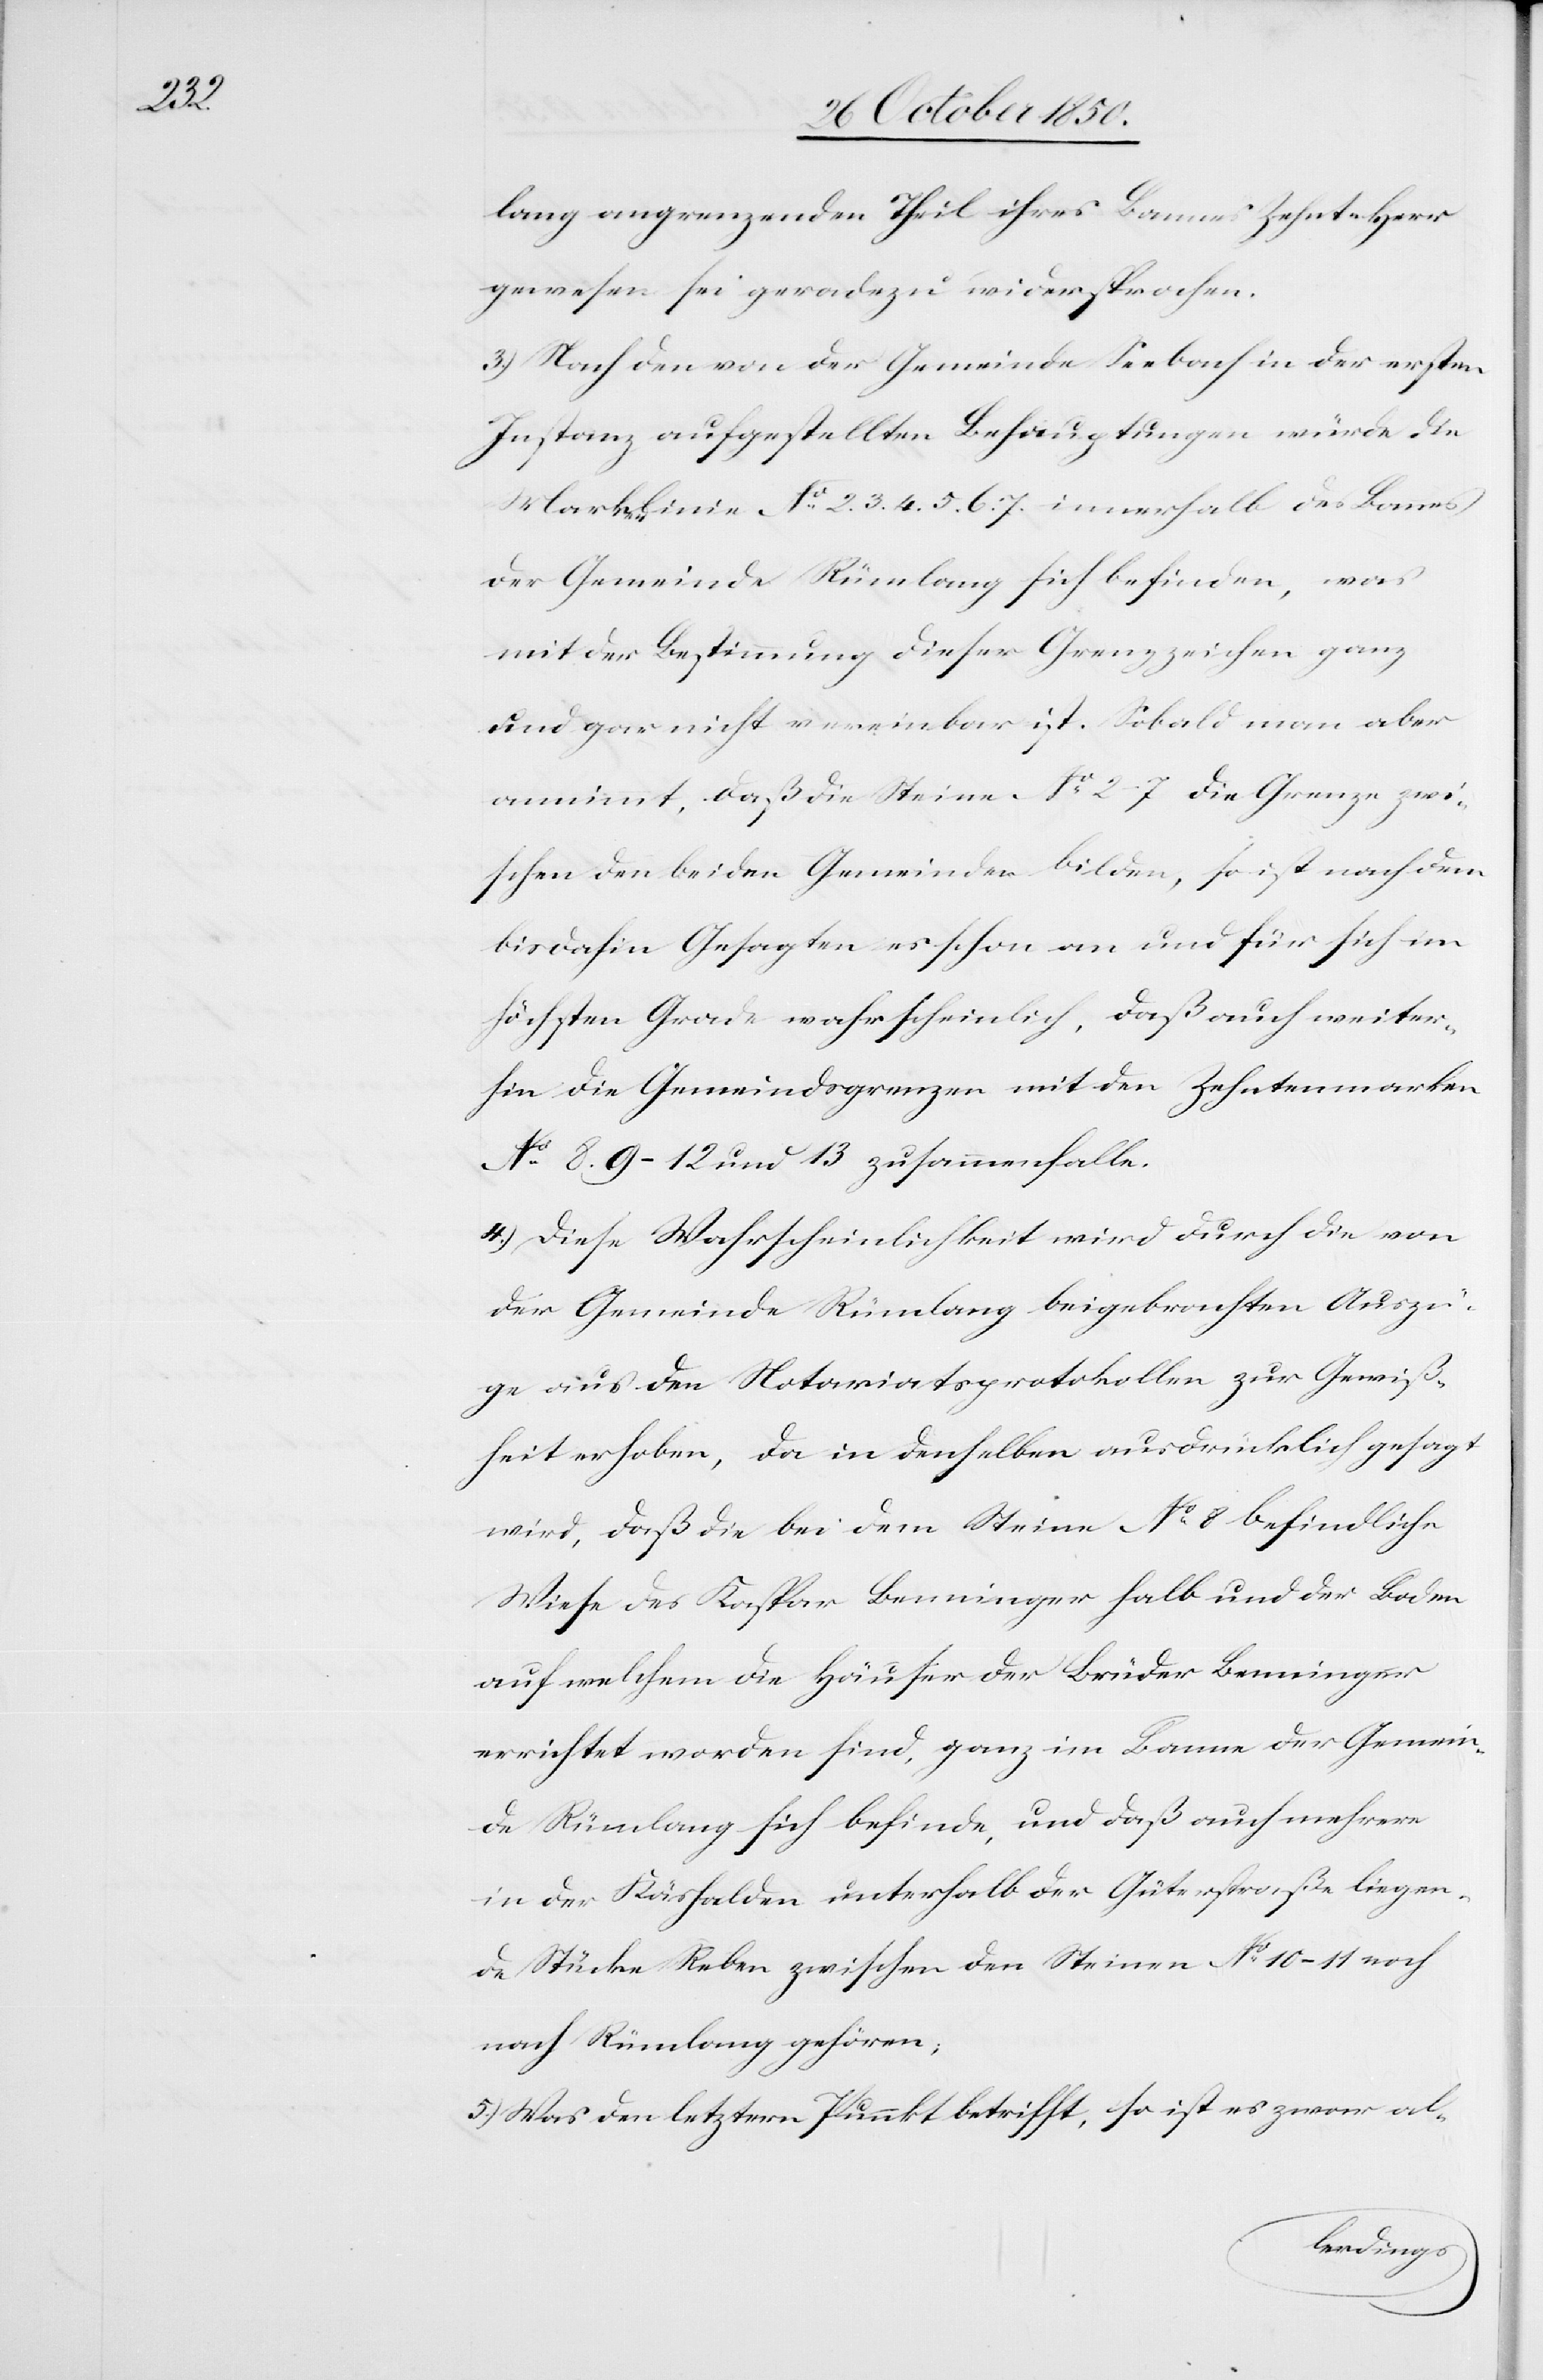
lang angrenzenden Theil ihres Bannes Zehnt-Herr
gewesen sei geradezu widersprochen.
3.) Nach den von der Gemeinde Seebach in der ersten
Instanz aufgestellten Behauptungen würde die
Markenlinie No 2. 3. 4. 5. 6. 7. innerhalb des Bannes
der Gemeinde Rümlang sich befinden, was
mit der Bestimmung dieser Grenzzeichen ganz
und gar nicht vereinbar ist. Sobald man aber
annimmt, daß die Steine No 2–7 die Grenze zwi¬
schen den beiden Gemeinden bilden, so ist nach dem
bis dahin Gesagten es schon an und für sich im
höchsten Grade wahrscheinlich, daß auch weiter¬
hin die Gemeindsgrenzen mit den Zehntenmarken
No 8. 9–12 und 13 zusammenfalle[n].
4.) Diese Wahrscheinlichkeit wird durch die von
der Gemeinde Rümlang beigebrachten Auszü¬
ge aus den Notariatsprotokollen zur Gewiß¬
heit erhoben, da in denselben ausdrücklich gesagt
wird, daß die bei dem Steine No 8 befindliche
Wiese des Kaspar Benninger halb und der Boden
auf welchem die Häuser der Brüder Benninger
errichtet worden sind, ganz im Banne der Gemein¬
de Rümlang sich befinden, und daß auch mehrere
in der Käshalden unterhalb der Güterstraße liegen¬
de Stücke Reben zwischen den Steinen No 10–11 noch
nach Rümlang gehören;
5.) Was den letztern Punkt betrifft, so ist es zwar al-